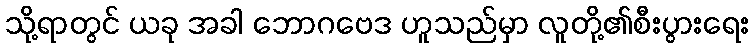
သို့ရာတွင် ယခု အခါ ဘောဂဗေဒ ဟူသည်မှာ လူတို့၏စီးပွားရေး